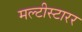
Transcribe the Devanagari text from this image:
मल्टीस्टारर